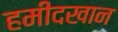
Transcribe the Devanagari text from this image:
हमीदखान